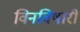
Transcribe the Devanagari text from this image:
विनविषारी